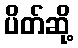
ပိတ်ဆို့